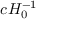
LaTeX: c H _ { 0 } ^ { - 1 }